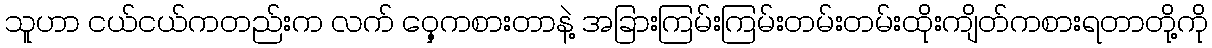
သူဟာ ငယ်ငယ်ကတည်းက လက် ဝှေ့ကစားတာနဲ့ အခြားကြမ်းကြမ်းတမ်းတမ်းထိုးကျိတ်ကစားရတာတို့ကို